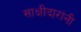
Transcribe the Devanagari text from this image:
साक्षीदारांनी